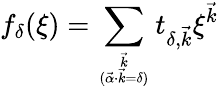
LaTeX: f_{\delta}(\xi)=\sum_{{\vec{k}}\atop{(\vec{\alpha}\cdot\vec{k}=\delta)}}t_{\delta,\vec{k}}\xi^{\vec{k}}